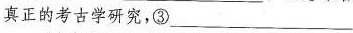
真正的考古学研究，③___，